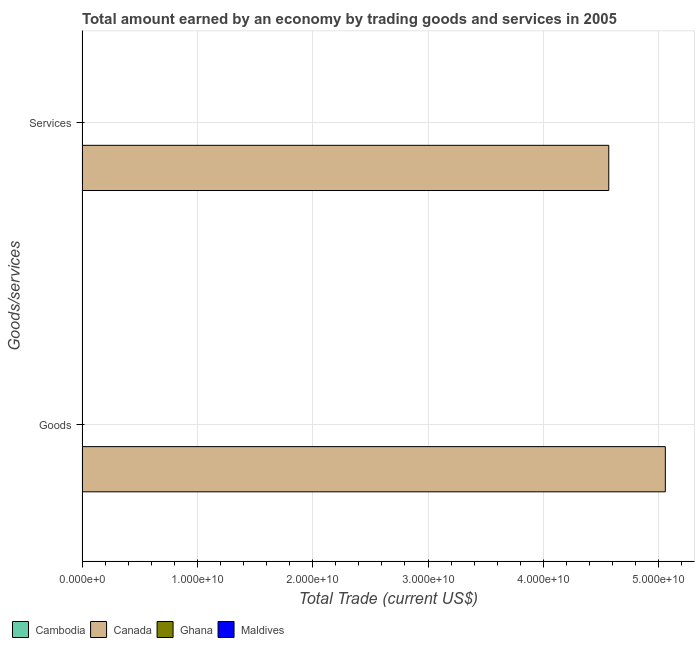
| Goods/services | Cambodia | Canada | Ghana | Maldives |
 | --- | --- | --- | --- | --- |
 | Goods | -1.02e+09 | 5.06e+10 | -2.55e+09 | -4.94e+08 |
 | Services | -5.48e+08 | 4.57e+10 | -2.71e+09 | -3.84e+08 |